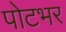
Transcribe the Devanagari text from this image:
पोटभर